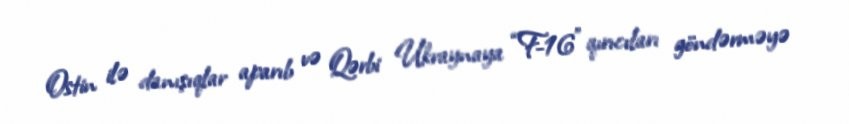
Ostin ilə danışıqlar aparıb və Qərbi Ukraynaya “F-16” qırıcıları göndərməyə